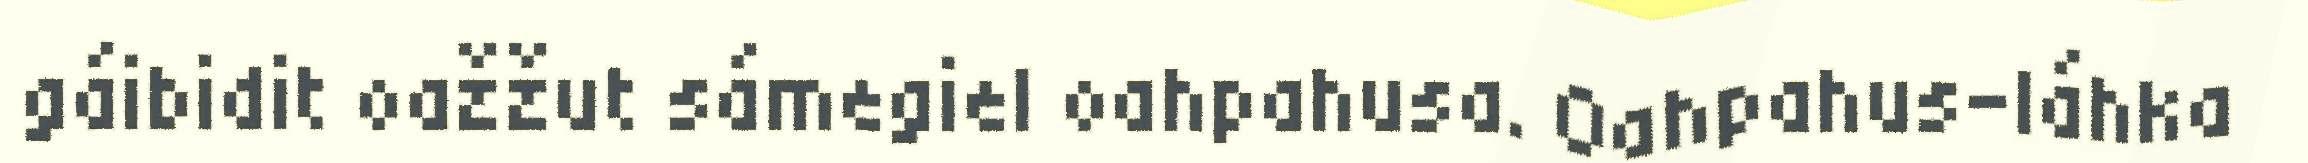
gáibidit oažžut sámegiel oahpahusa. Oahpahus-láhka